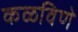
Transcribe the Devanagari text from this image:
कळविणे